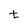
Character: t